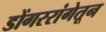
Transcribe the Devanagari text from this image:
डोंगररांगेतून